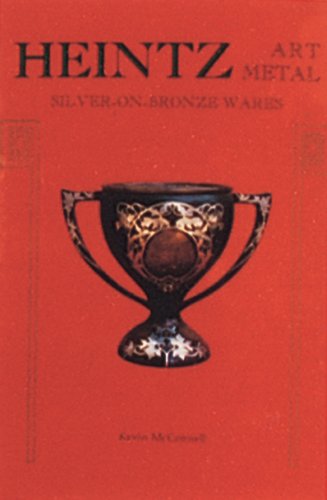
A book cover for Heintz Art Metal: Silver-On-Bronze Wares; Kevin McConnell; Crafts, Hobbies & Home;